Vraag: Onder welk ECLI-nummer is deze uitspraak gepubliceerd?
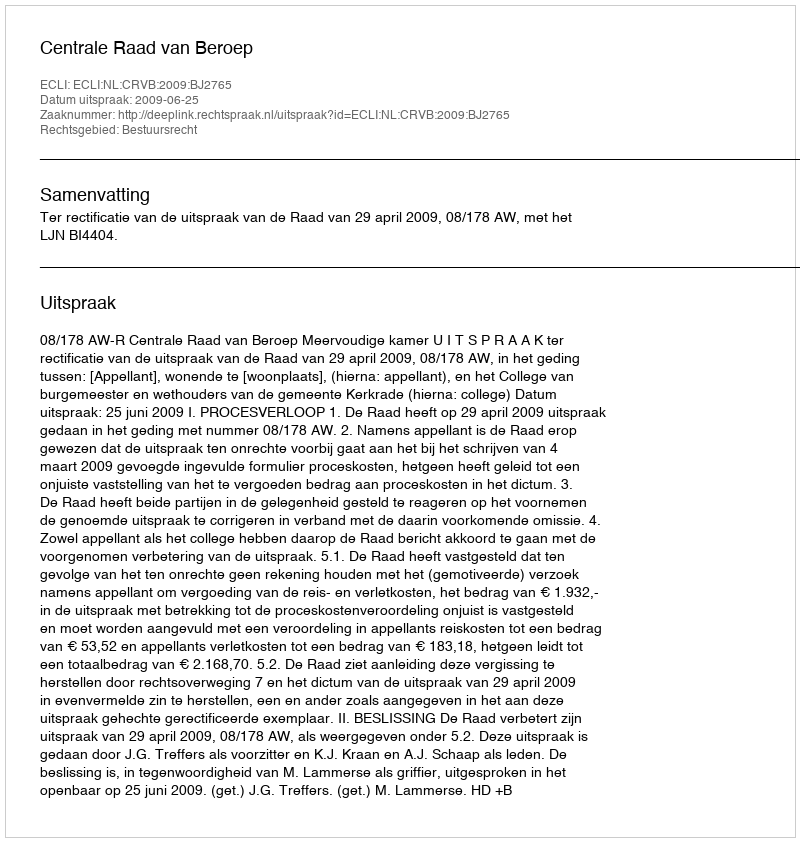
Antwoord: ECLI:NL:CRVB:2009:BJ2765